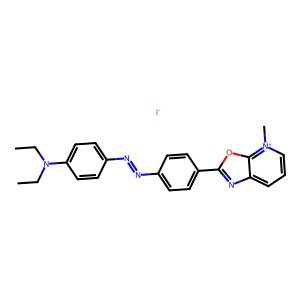
SMILES: CCN(CC)c1ccc(N=Nc2ccc(-c3nc4ccc[n+](C)c4o3)cc2)cc1.[I-]
Inhibits HIV replication: No